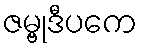
ဇမ္ဗုဒီပကေ